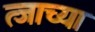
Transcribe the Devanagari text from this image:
त्जाच्या